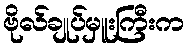
ဗိုလ်ချုပ်မှူးကြီးက